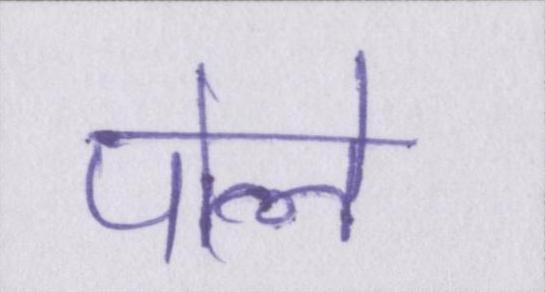
पोले